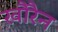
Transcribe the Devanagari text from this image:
खौरैन